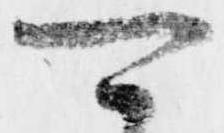
可